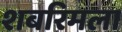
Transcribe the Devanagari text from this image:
शबरिमला